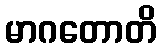
မာဂတောတိ